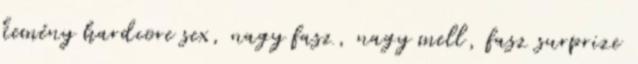
kemény hardcore sex, nagy fasz, nagy mell, fasz surprize